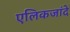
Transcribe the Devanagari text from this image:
एलिकजांदे